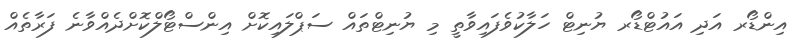
އިންޑޯރ އަދި އައުޓްޑޯރ ޔުނިޓް ހަލާކުވެފައިވާތީ މި ޔުނިޓްތައް ސަޕްލައިކޮށް އިންސްޓޯލްކޮށްދެއްވާނެ ފަރާތެއް